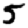
Digit: 5